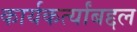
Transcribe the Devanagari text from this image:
कार्यकर्त्यांबद्दल